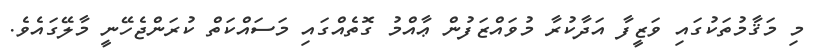
މި މަޤާމުތަކުގައި ވަޒީފާ އަދާކުރާ މުވައްޒަފުން ޢާއްމު ގޮތެއްގައި މަސައްކަތް ކުރަންޖެހޭނީ މާލޭގައެވެ.